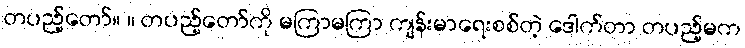
တပည့်တော်။ ။ တပည့်တော်ကို မကြာမကြာ ကျန်းမာရေးစစ်တဲ့ ဒေါက်တာ တပည့်မက